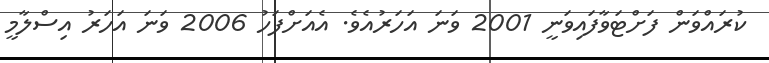
ކުރައްވަން ފަށްޓަވާފައިވަނީ 2001 ވަނަ އަހަރުއެވެ. އެއަށްފަހު 2006 ވަނަ އަހަރު އިސްލާމީ